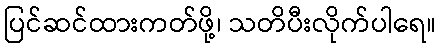
ပြင်ဆင်ထားကတ်ဖို့၊ သတိပီးလိုက်ပါရေ။